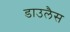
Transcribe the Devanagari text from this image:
डाउलैस